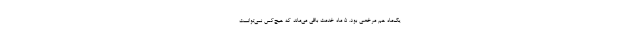
یک‌ماه هم مرخصی بود. ۵ ماه خدمت باقی می‌ماند که هیچ‌کس نمی‌توانست